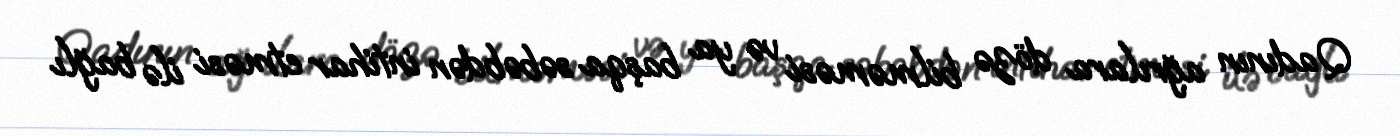
Qadının ağrılara dözə bilməməsi və ya başqa səbəbdən intihar etməsi ilə bağlı